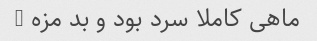
ماهی کاملا سرد بود و بد مزه …